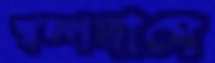
স্বল্পদামে